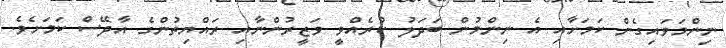
ނިންމަވައިގެން ކަމަށާއި އެ ނިންމުން ބަދަލު ކުރެއްވީ ވަޒީރުންނާއި ރައްޔިތުންގެ އާދޭސް ކަމަށެވެ.